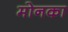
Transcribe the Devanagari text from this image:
मोनका